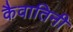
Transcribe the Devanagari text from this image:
कैवातिनी